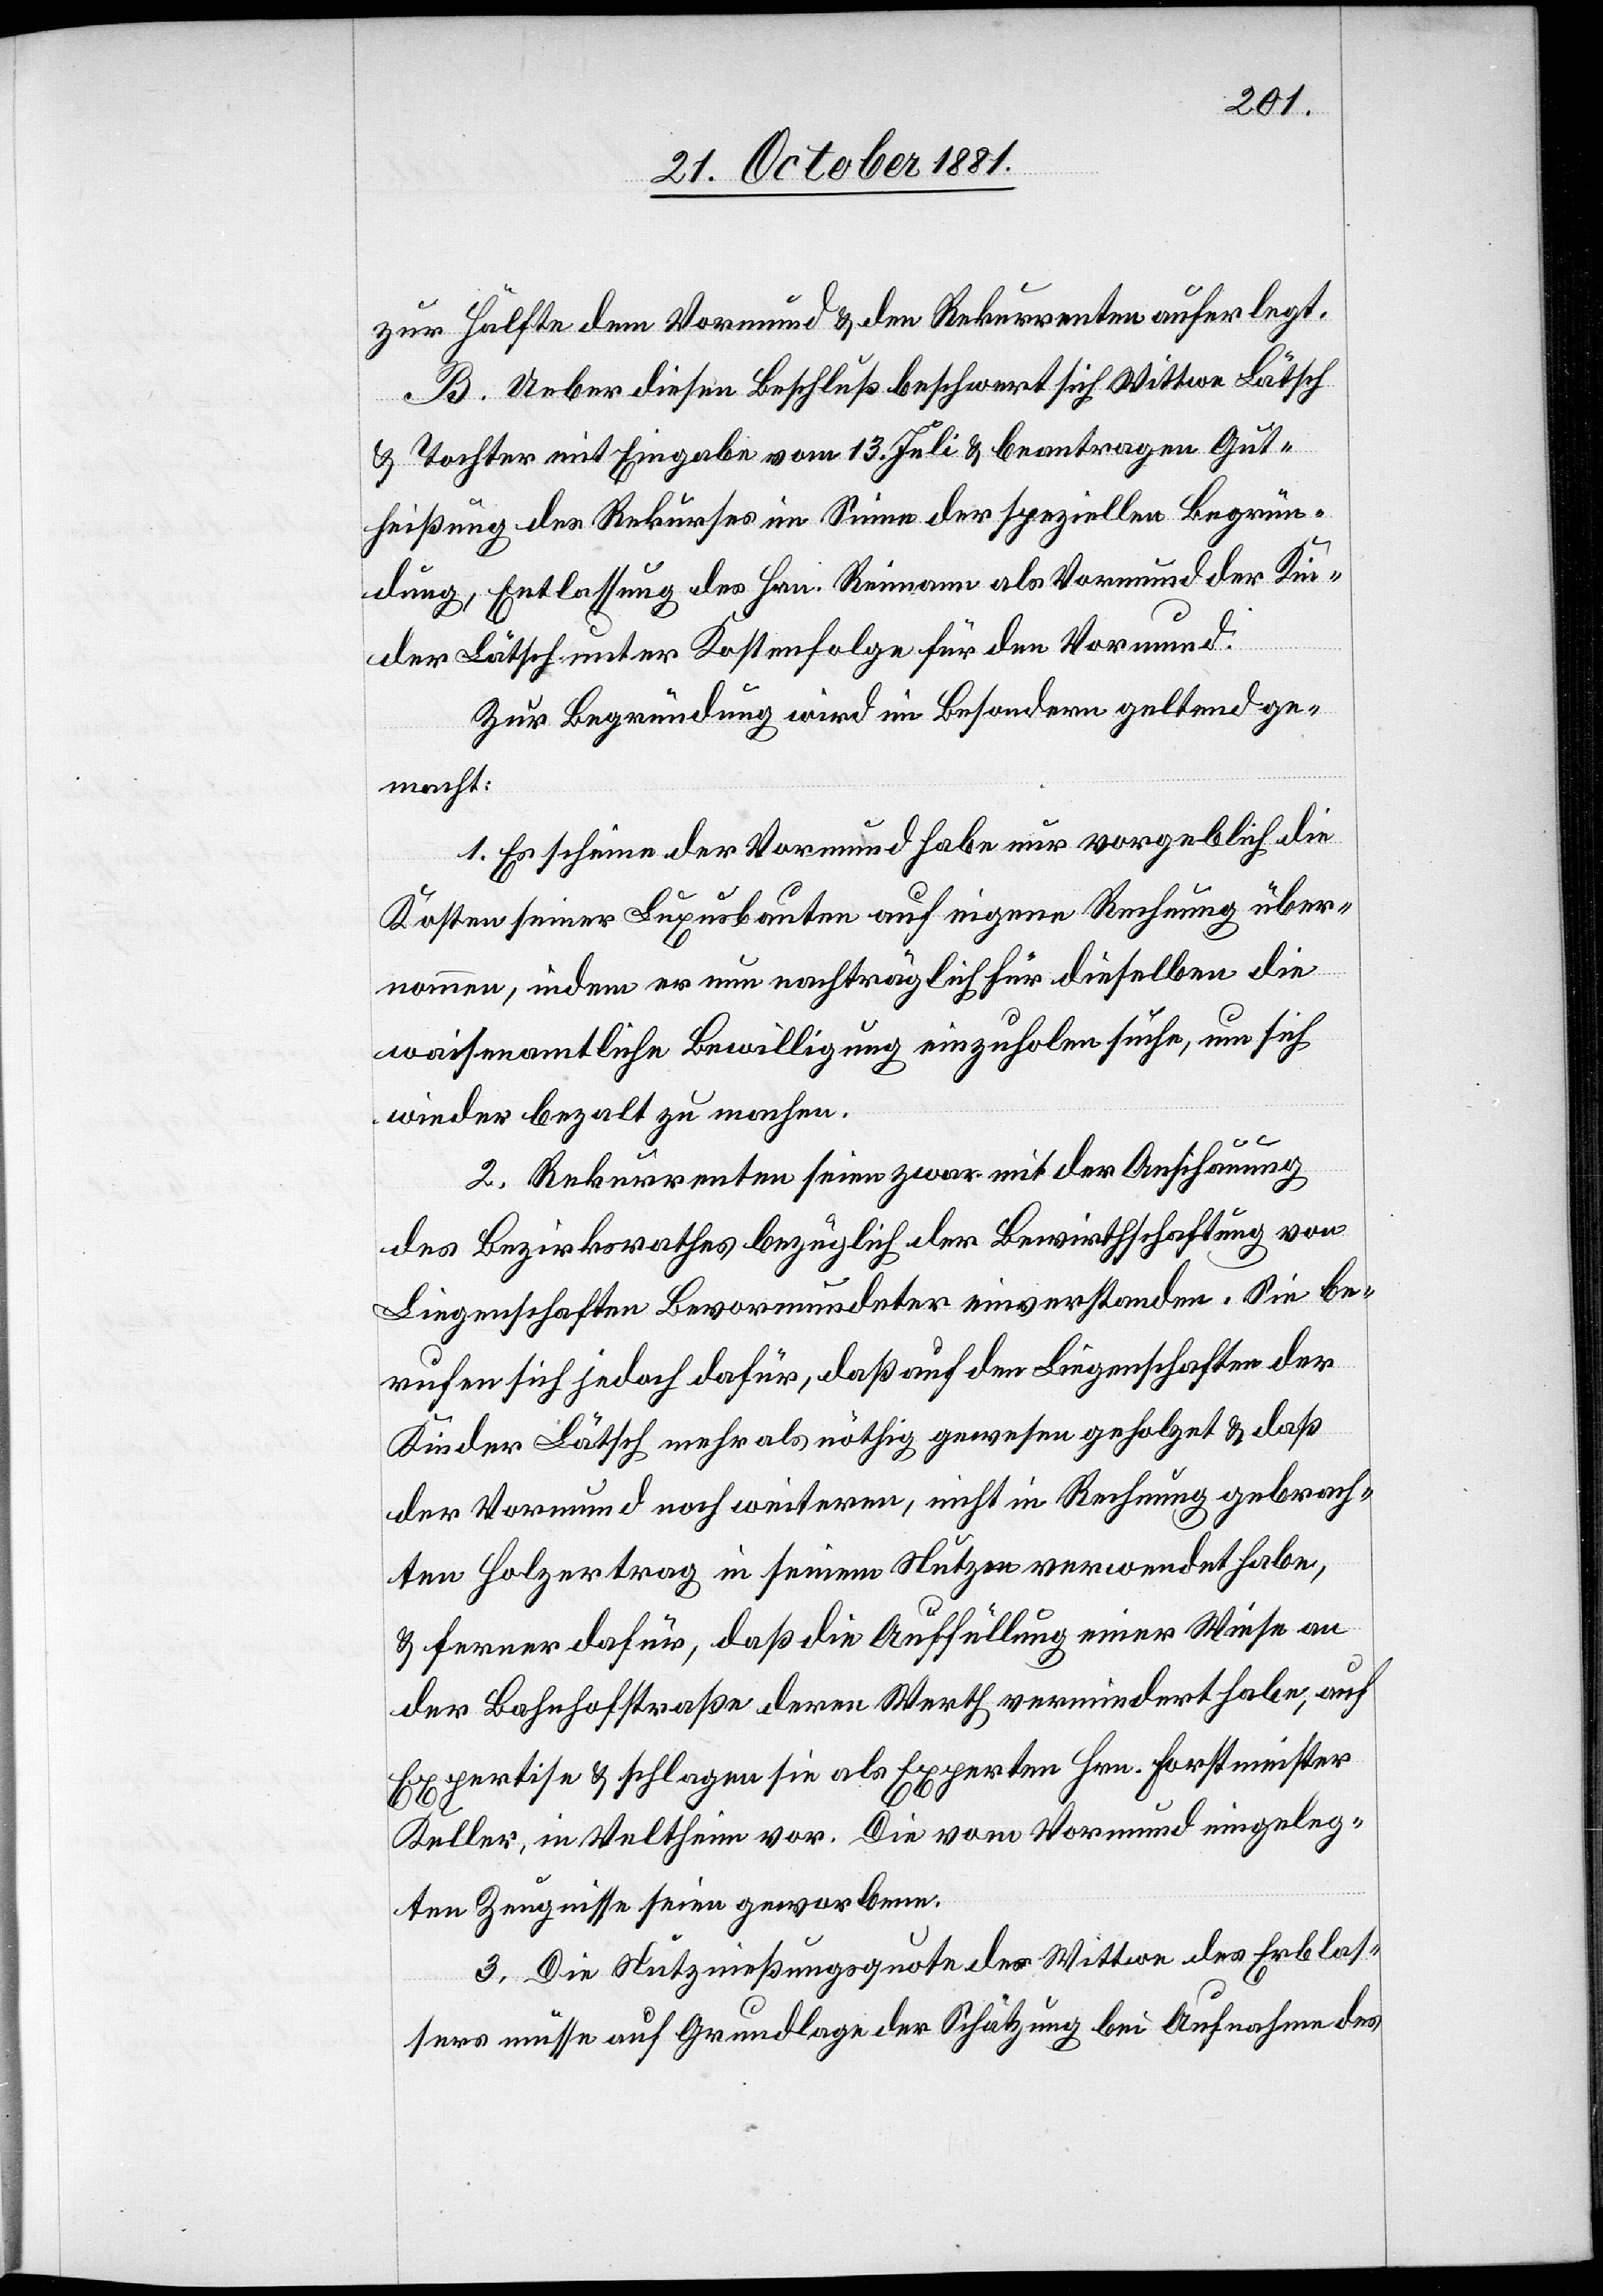
zur Hälfte dem Vormund & den Rekurrenten auferlegt.
B. Ueber diesen Beschluß beschwert sich Wittwe Lätsch
& Tochter mit Eingabe vom 13. Juli & beantragen Gut¬
heißung des Rekurses im Sinne der speziellen Begrün¬
dung, Entlassung des Hrn. Reimann als Vormund der Kin¬
der Lätsch unter Kostenfolge für den Vormund.
Zur Begründung wird im Besondern geltend ge¬
macht:
1. Es scheine der Vormund habe nur vorgeblich die
Kosten seiner Luxusbauten auf eigene Rechnung über¬
nommen, indem er nun nachträglich für dieselben die
waisenamtliche Bewilligung einzuholen suche, um sich
wieder bezalt zu machen.
2. Rekurrenten seien zwar mit der Anschauung
des Bezirksrathes bezüglich der Bewirthschaftung von
Liegenschaften Bevormundeter einverstanden. Sie be¬
rufen sich jedoch dafür, daß auf den Liegenschaften der
Kinder Lätsch mehr als nöthig gewesen geholzet & daß
der Vormund noch weiteren, nicht in Rechnung gebrach¬
ten Holzertrag in seinem Nutzen verwendet habe,
& ferner dafür, daß die Auffüllung einer Wiese an
der Bahnhofstraße deren Werth vermindert habe, auf
Expertise & schlagen sie als Experten Hrn. Forstmeister
Keller, in Veltheim vor. Die vom Vormund eingeleg¬
ten Zeugnisse seien geworbene.
3. Die Nutznießungsquote der Wittwe des Erblas¬
sers müsse auf Grundlage der Schätzung bei Aufnahme des